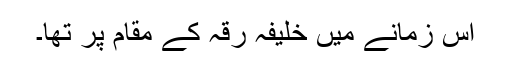
اس زمانے میں خلیفہ رقَّہ کے مقام پر تھا۔